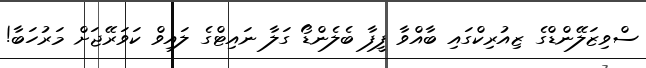
ސްވިޒަލޭންޑްގެ ޒިއުރިކްގައި ބާއްވާ ފީފާ ބެލެންޑޯ ގަލާ ނައިޓްގެ ލައިވް ކަވަރޭޖަށް މަރުހަބާ!